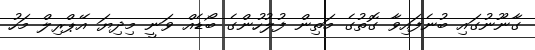
ގާނޫނުގައި ބުނެފައިވާ ގޮތުގެ މަތިން ފުލުހުންގެ ބޯޑެއް ވަނީ މިދިޔަ އޭޕްރިލް މަހު